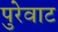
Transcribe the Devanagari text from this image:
पुरेवाट